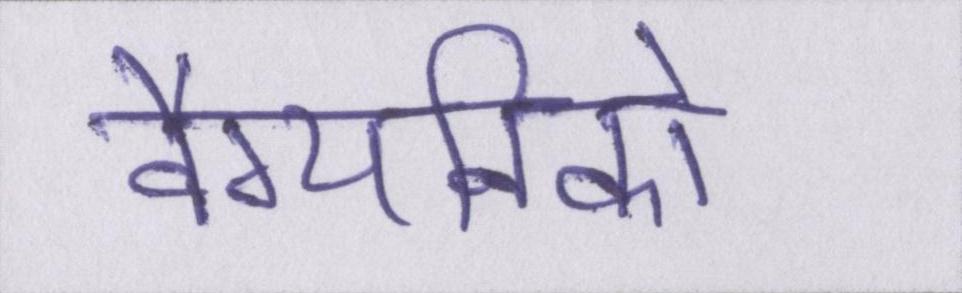
वैग्यनिको